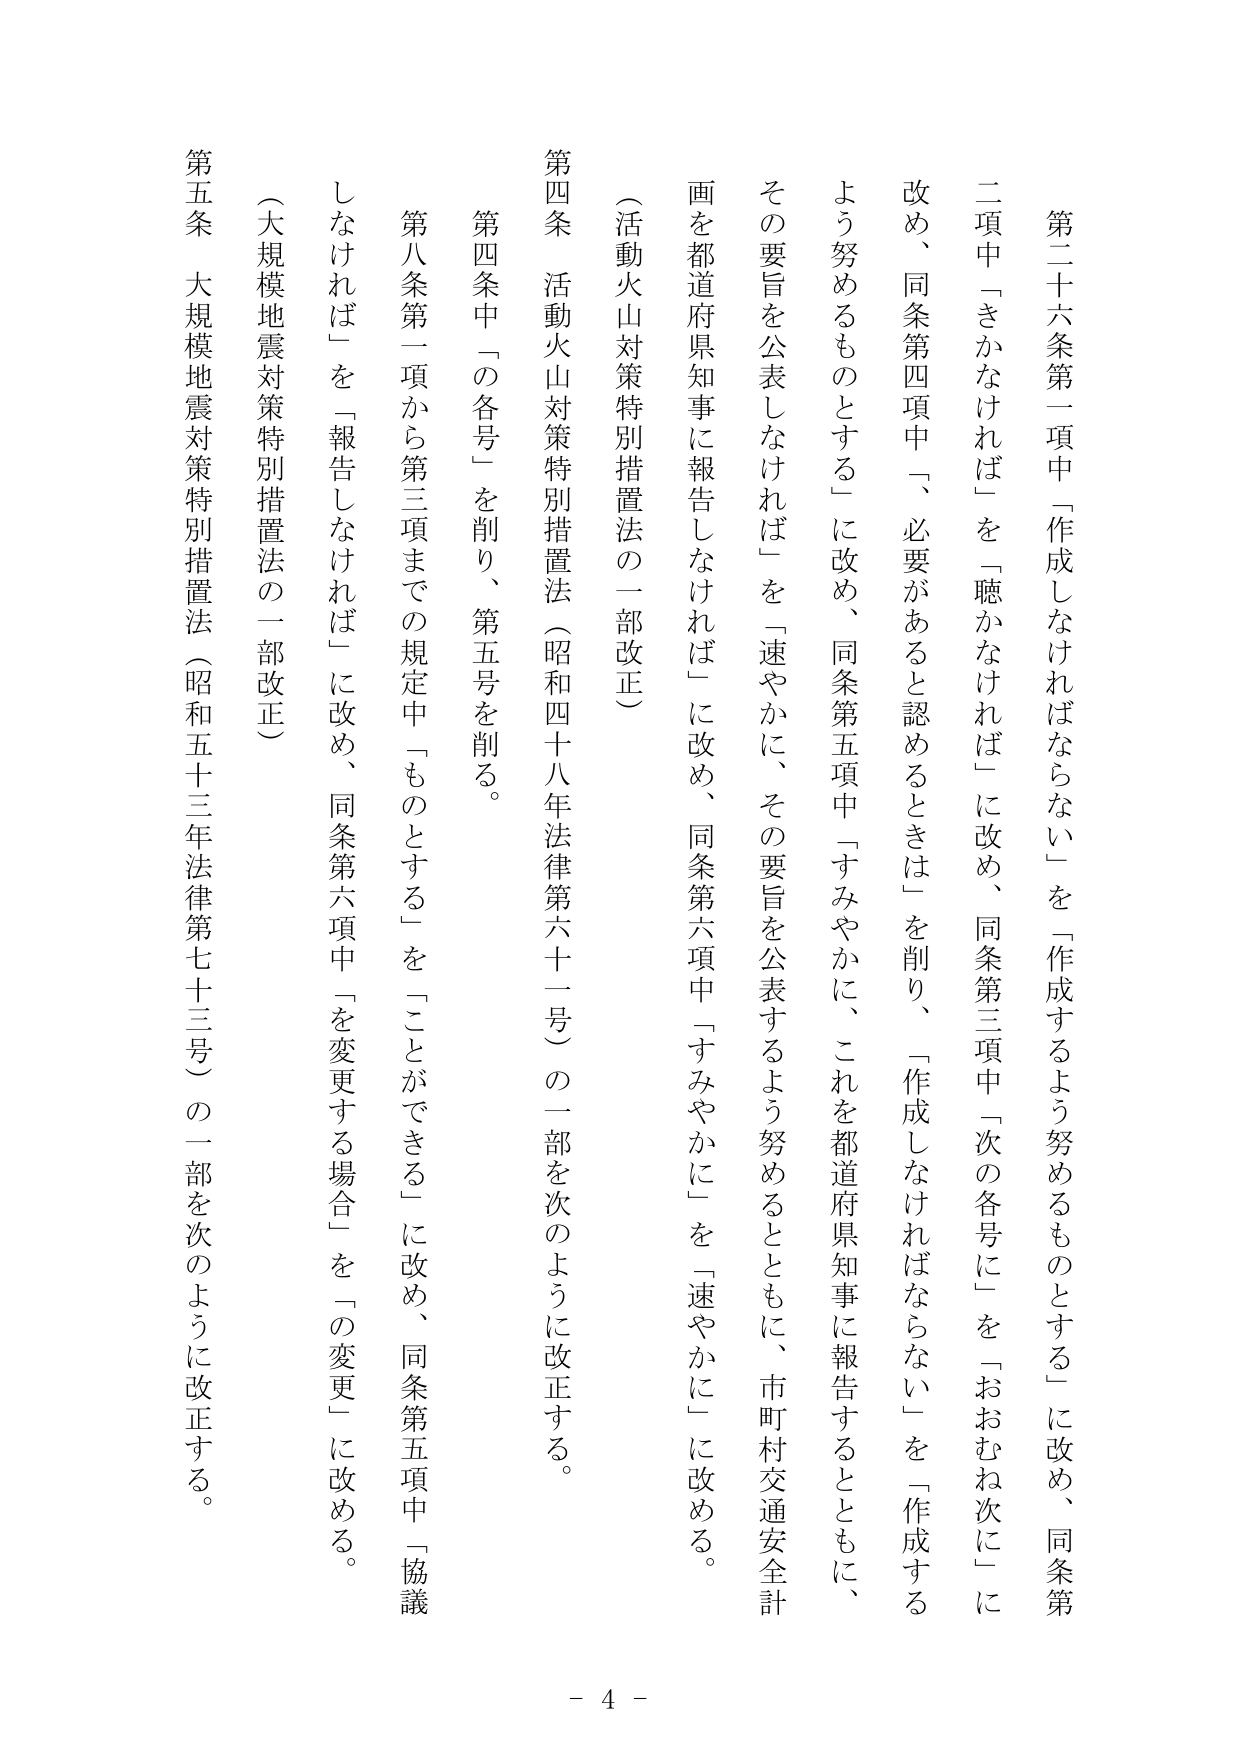
第二十六条第一項中「作成しなければならない」を「作成するよう努めるものとする」に改め、同条第二項中「さかなければならない」を「聴かなければならない」に改め、同条第三項中「次の各号に」を「おおむね次に」に改め、同条第四項中「、必要があると認めるときは」を削り、「作成しなければならない」を「作成するよう努めるものとする」に改め、同条第五項中「すみやかに、これを都道府県知事に報告するとともに、市町村交通安全計画を都道府県知事に報告しなければ」を「速やかに、その要旨を公表するとともに、市町村交通安全計画を都道府県知事に報告しなければ」に改め、同条第六項中「すみやかに」を「速やかに」に改める。

（活動火山対策特別措置法の一部改正）

第四条 活動火山対策特別措置法（昭和四十八年法律第六十一号）の一部を次のように改正する。

第四条中「の各号」を削り、第五号を削る。

第八条第一項から第三項までの規定中「ものとする」を「ことができる」に改め、同条第五項中「協議しなければ」を「報告しなければ」に改め、同条第六項中「を変更する場合」を「の変更」に改める。

（大規模地震対策特別措置法の一部改正）

第五条 大規模地震対策特別措置法（昭和五十三年法律第七十三号）の一部を次のように改正する。

- 4 -